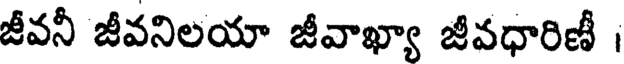
జీవనీ జీవనిలయా జీవాఖ్యా జీవధారిణీ